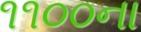
૧૧૦૦ના